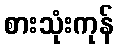
စားသုံးကုန်